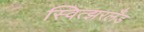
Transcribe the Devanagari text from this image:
स्वित्झरलँड